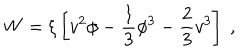
W = \xi \left[ v ^ { 2 } \phi - { \frac { 1 } { 3 } } \phi ^ { 3 } - { \frac { 2 } { 3 } } v ^ { 3 } \right] ~ ,